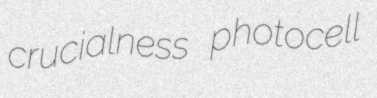
crucialness photocell